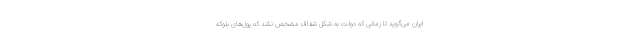
ایران می‌گوید تا زمانی که دولت به شکل شفاف مشخص نکند که پول‌های بلوکه